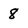
Character: 8